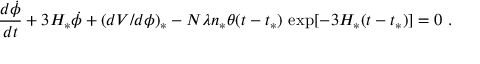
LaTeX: \frac { d \dot { \phi } } { d t } + 3 H _ { * } \dot { \phi } + ( d V / d \phi ) _ { * } - N \lambda n _ { * } \theta ( t - t _ { * } ) \, \exp [ - 3 H _ { * } ( t - t _ { * } ) ] = 0 \ .